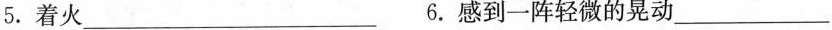
5.着火___ 6.感到一阵轻微的晃动___